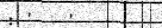
: '   '